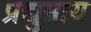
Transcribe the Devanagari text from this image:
प्रद्युम्नाय